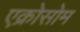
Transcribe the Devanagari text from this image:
एक्रोसोम